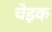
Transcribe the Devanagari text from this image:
चेइक